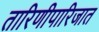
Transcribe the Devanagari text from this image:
तारिणीपारिजात